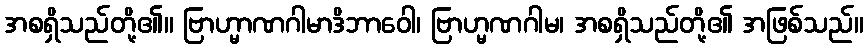
အစရှိသည်တို့၏။ ဗြာဟ္မာဏဂါမာဒိဘာဝေါ၊ ဗြာဟ္မဏဂါမ၊ အစရှိသည်တို့၏ အဖြစ်သည်။